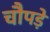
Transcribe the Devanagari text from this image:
चौपड़े